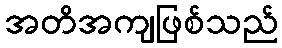
အတိအကျဖြစ်သည်